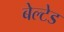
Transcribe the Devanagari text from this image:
बेल्टेड